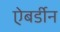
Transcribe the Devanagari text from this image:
ऐबर्डीन